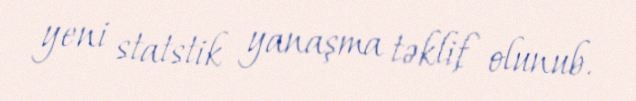
yeni statstik yanaşma təklif olunub.